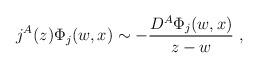
LaTeX: \begin{align*}j^A(z)\Phi_j(w,x) \sim -\frac{D^A\Phi_j(w,x)}{z-w} ~,\end{align*}